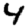
Digit: 4